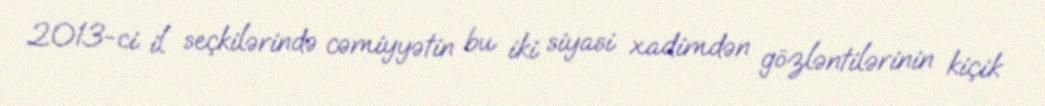
2013-ci il seçkilərində cəmiyyətin bu iki siyasi xadimdən gözləntilərinin kiçik